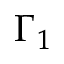
\Gamma _ { 1 }